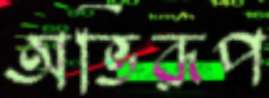
অভিরূপ